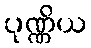
ပုဏ္ဏိယ